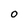
Character: O